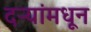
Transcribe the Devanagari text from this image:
दऱ्यांमधून